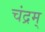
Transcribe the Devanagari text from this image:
चंद्रम्